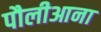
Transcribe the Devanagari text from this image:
पौलीआना